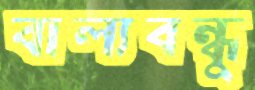
বাল্যবন্ধুু